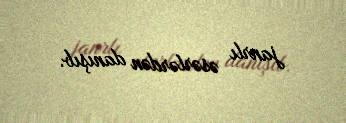
janrlı əsərlərdən danışıb.